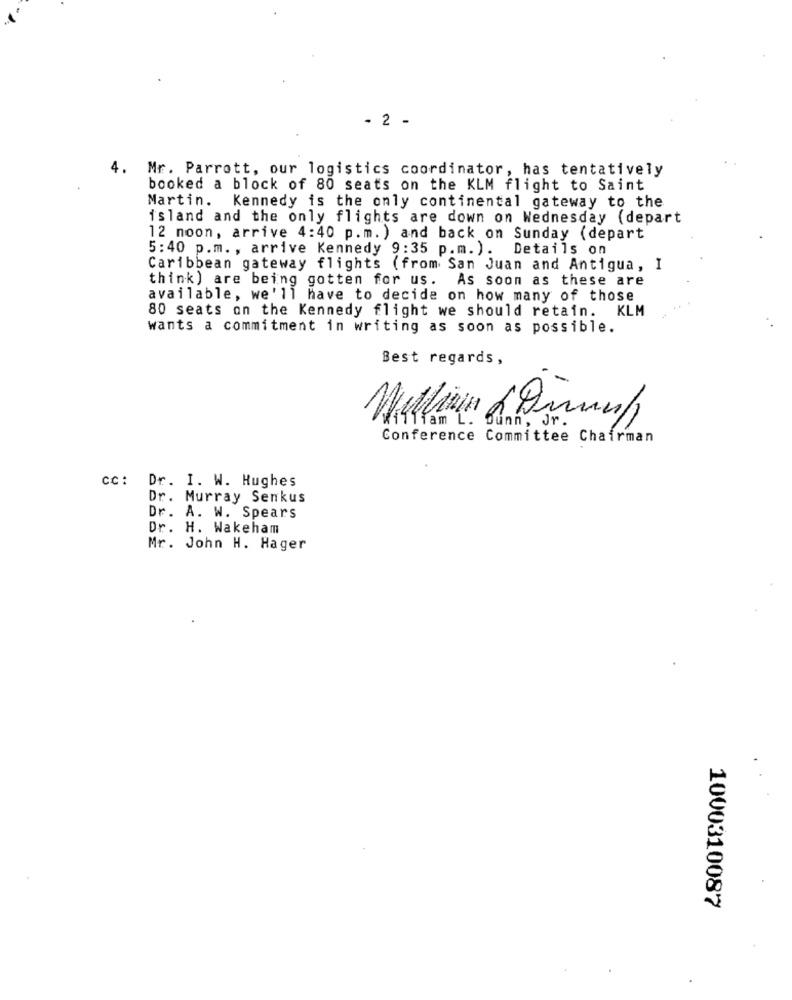
- 2 -
4. Mr. Parrott, our logistics coordinator, has tentatively
booked a block of 80 seats on the KLM flight to Saint
Martin. Kennedy is the only continental gateway to the
island and the only flights are down on Wednesday (depart
12 noon, arrive 4:40 p.m. ) and back on Sunday (depart
5:40 p.m. , arrive Kennedy 9:35 p.m.).
Details on
Caribbean gateway flights (from San Juan and Antigua, I
think) are being gotten for us. As soon as these are
available, we'll have to decide on how many of those
KLM
80 seats on the Kennedy flight we should retain.
wants a commitment in writing as soon as possible.
Best regards,
Tram L. Bunn, Jr.
Conference Committee Chairman
cc: Dr. I. W. Hughes
Dr. Murray Senkus
Dr. A. W. Spears
Dr. H. Wakeham
Mr. John H. Hager
1000310087